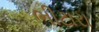
ભીટારા